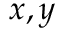
x , y